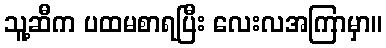
သူ့ဆီက ပထမစာရပြီး လေးလအကြာမှာ။